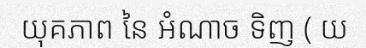
យុគភាព នៃ អំណាច ទិញ ( យ